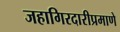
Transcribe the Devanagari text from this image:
जहागिरदारीप्रमाणे